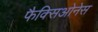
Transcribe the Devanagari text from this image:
फैक्सिओनेस